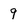
Character: 9